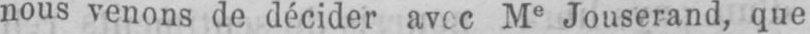
nous venons de décider avec Me Jouserand, que